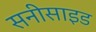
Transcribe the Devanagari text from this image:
सनीसाइड